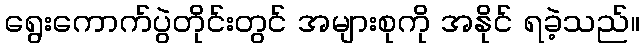
ရွေးကောက်ပွဲတိုင်းတွင် အများစုကို အနိုင် ရခဲ့သည်။